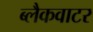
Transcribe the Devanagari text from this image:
ब्लैकवाटर